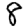
Digit: 8